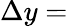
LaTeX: \Delta y=